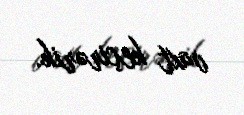
vaxt keçirərik.